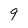
Character: 9